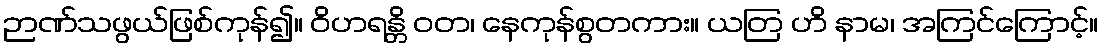
ဉာဏ်သဖွယ်ဖြစ်ကုန်၍။ ဝိဟရန္တိ ဝတ၊ နေကုန်စွတကား။ ယတြ ဟိ နာမ၊ အကြင်ကြောင့်။